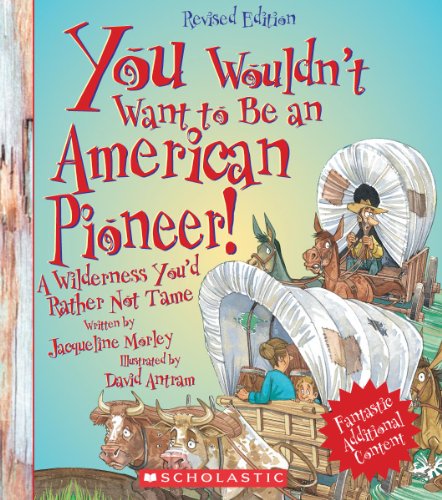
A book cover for You Wouldn't Want to Be an American Pioneer!: A Wilderness You'd Rather Not Tame; Jacqueline Morley; Children's Books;